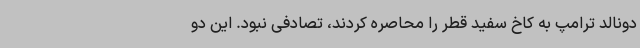
دونالد ترامپ به کاخ سفید قطر را محاصره کردند، تصادفی نبود. این دو